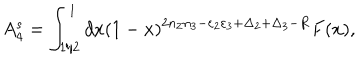
A _ { 4 } ^ { s } = \int _ { 1 / 2 } ^ { 1 } d x ( 1 - x ) ^ { 2 n _ { 2 } n _ { 3 } - \varepsilon _ { 2 } \varepsilon _ { 3 } + \Delta _ { 2 } + \Delta _ { 3 } - R } F ( x ) ,